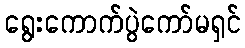
ရွေးကောက်ပွဲကော်မရှင်